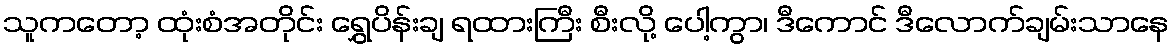
သူကတော့ ထုံးစံအတိုင်း ရွှေပိန်းချ ရထားကြီး စီးလို့ ပေါ့ကွာ၊ ဒီကောင် ဒီလောက်ချမ်းသာနေ